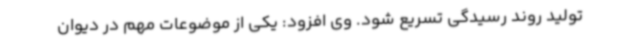
تولید روند رسیدگی تسریع شود. وی افزود: یکی از موضوعات مهم در دیوان